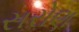
સરોણ